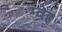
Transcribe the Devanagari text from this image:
ग्वेइ